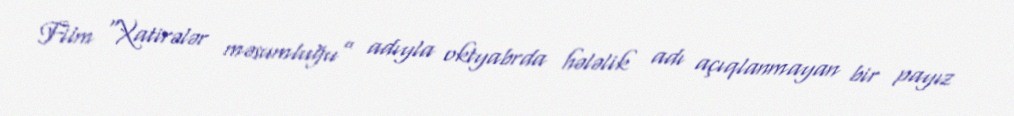
Film “Xatirələr məsumluğu” adıyla oktyabrda hələlik adı açıqlanmayan bir payız